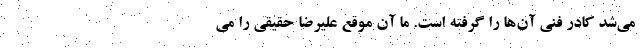
می‌شد کادر فنی آن‌ها را گرفته است. ما آن موقع علیرضا حقیقی را می‌